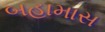
બહામાસ